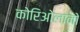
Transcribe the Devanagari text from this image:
कोरिओलानो